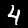
Digit: 4